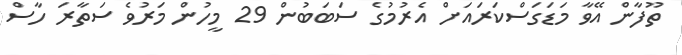
ތޫފާން އޭވާ މަޑަގަސްކަރައަށް އެރުމުގެ ސަބަބުން 29 މީހުން މަރުވެ ސަތާރަ ހާސް